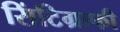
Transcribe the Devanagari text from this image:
सिंटिग्राफी